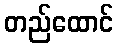
တည်ထောင်